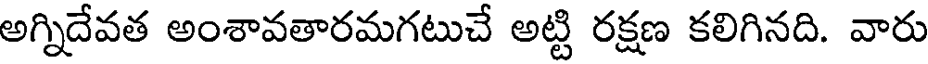
అగ్నిదేవత అంశావతారమగటుచే అట్టి రక్షణ కలిగినది. వారు